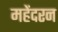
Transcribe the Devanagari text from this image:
महेंदरन